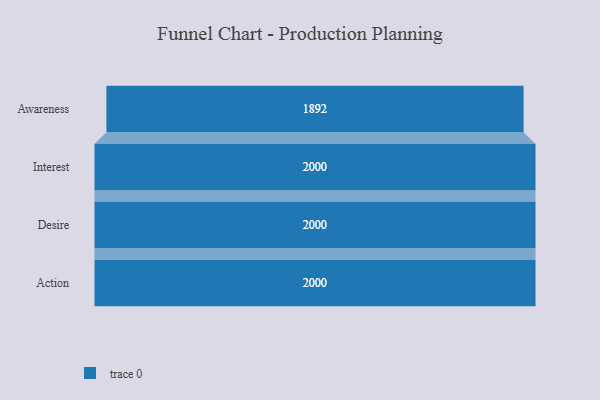
{"axis": {"x": "Stage", "y": "Value"}, "legend": [""], "data": [{"x": "Awareness", "y": 1892.0, "type": ""}, {"x": "Interest", "y": 2000, "type": ""}, {"x": "Desire", "y": 2000, "type": ""}, {"x": "Action", "y": 2000, "type": ""}]}